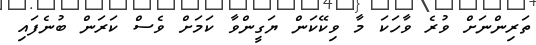
ތަރިންނަށް ވުރެ ވާހަކަ މާ ވިކޭކަން ޔަގީންވާ ކަމަށް ވެސް ކަރަން ބުނެފައި